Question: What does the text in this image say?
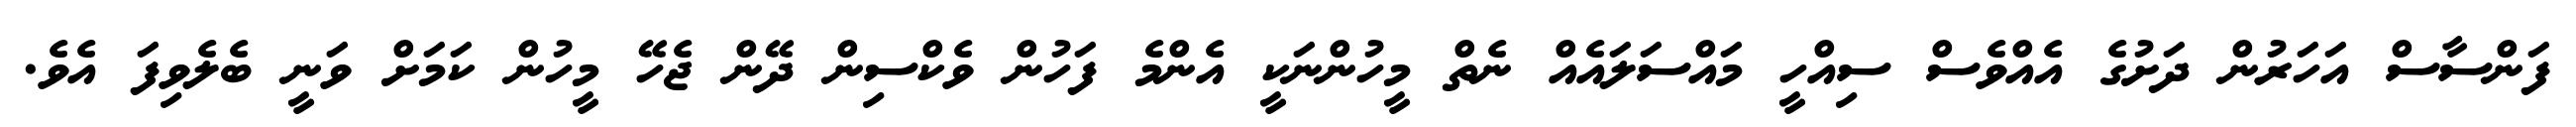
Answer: ފަންސާސް އަހަރުން ދަށުގެ އެއްވެސް ސިއްހީ މައްސަލައެއް ނެތް މީހުންނަކީ އެންމެ ފަހުން ވެކްސިން ދޭން ޖެހޭ މީހުން ކަމަށް ވަނީ ބެލެވިފަ އެވެ.